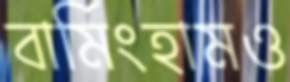
বার্মিংহামও